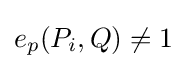
e_{p}(P_{i},Q)\not =1